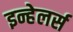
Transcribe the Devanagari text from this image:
इन्हेलर्स